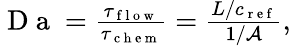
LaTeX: \begin{array}{r}{\mathrm{~D~a~}=\frac{\tau_{\mathrm{~f~l~o~w~}}}{\tau_{\mathrm{~c~h~e~m~}}}=\frac{L/c_{\mathrm{~r~e~f~}}}{1/\mathcal{A}},}\end{array}